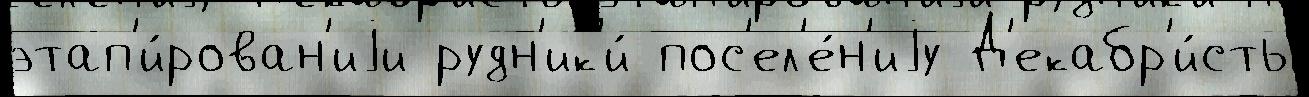
этап'и́рован'иjи рудн'ик'и́ пос'ел'е́н'иjу Д'екабр'и́сты